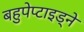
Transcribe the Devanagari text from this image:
बहुपेप्टाइड्ने